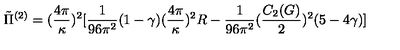
\tilde { \Pi } ^ { ( 2 ) } = ( \frac { 4 \pi } { \kappa } ) ^ { 2 } [ \frac { 1 } { 9 6 \pi ^ { 2 } } ( 1 - \gamma ) ( \frac { 4 \pi } { \kappa } ) ^ { 2 } R - \frac { 1 } { 9 6 \pi ^ { 2 } } ( \frac { C _ { 2 } ( G ) } { 2 } ) ^ { 2 } ( 5 - 4 \gamma ) ]